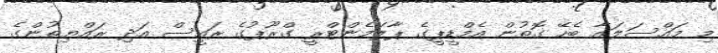
މި މައްސަލައާ ބެހޭ ގޮތުން އެމްޑީޕީގެ ޕާލަމެންޓްރީ ގްރޫޕުގެ ރައީސް އަދި ރައްޔިތުންގެ